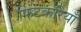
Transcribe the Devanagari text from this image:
फिटकरियाँ